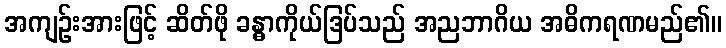
အကျဉ်းအားဖြင့် ဆိတ်ဖို ခန္ဓာကိုယ်ဒြပ်သည် အညဘာဂိယ အဓိကရဏမည်၏။